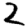
Digit: 2